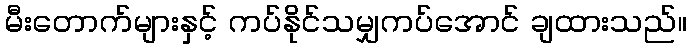
မီးတောက်များနှင့် ကပ်နိုင်သမျှကပ်အောင် ချထားသည်။